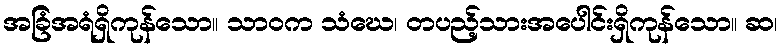
အခြံအရံရှိကုန်သော။ သာဝက သံဃေ၊ တပည့်သားအပေါင်းရှိကုန်သော။ ဆ၊